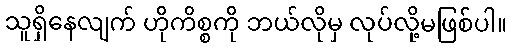
သူရှိနေလျက် ဟိုကိစ္စကို ဘယ်လိုမှ လုပ်လို့မဖြစ်ပါ။